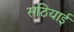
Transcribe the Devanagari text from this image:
सठियाई